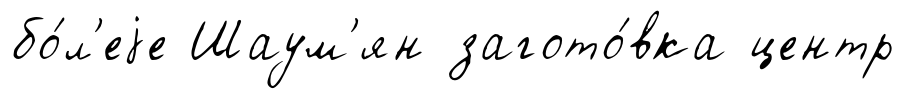
бо́л'еjе Шаум'ян загото́вка центр